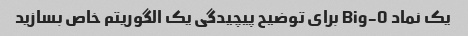
یک نماد Big-O برای توضیح پیچیدگی یک الگوریتم خاص بسازید